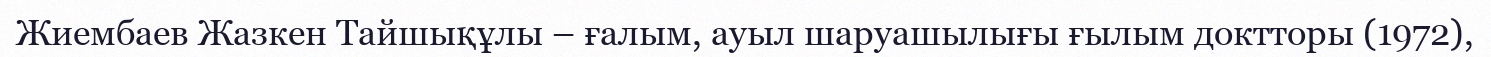
Жиембаев Жазкен Тайшықұлы – ғалым, ауыл шаруашылығы ғылым доктторы (1972),